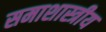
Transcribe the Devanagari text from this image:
समाशास्त्रीय